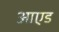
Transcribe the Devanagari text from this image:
आएड